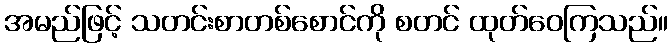
အမည်ဖြင့် သတင်းစာတစ်စောင်ကို စတင် ထုတ်ဝေကြသည်။